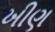
ખીણ